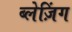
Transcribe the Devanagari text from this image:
ब्लेज़िंग